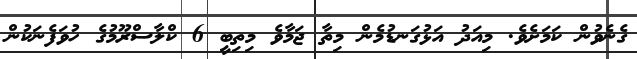
ގެނެވުން ކަމަށެވެ. މިއަދު އަޅުގަނޑުމެން މިތާ ޖަމާވެ މިތިބީ 6 ކްލާސްރޫމުގެ ހުވަފެނަކުން